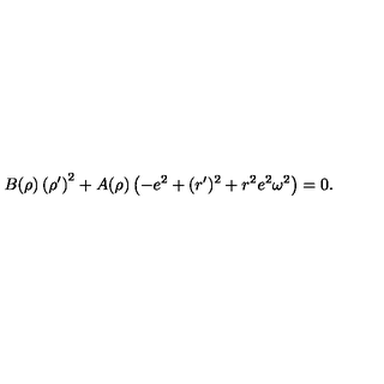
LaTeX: B ( \rho ) \left( \rho ^ { \prime } \right) ^ { 2 } + A ( \rho ) \left( - e ^ { 2 } + ( r ^ { \prime } ) ^ { 2 } + r ^ { 2 } e ^ { 2 } \omega ^ { 2 } \right) = 0 .